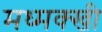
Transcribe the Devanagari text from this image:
मध्मक्खी